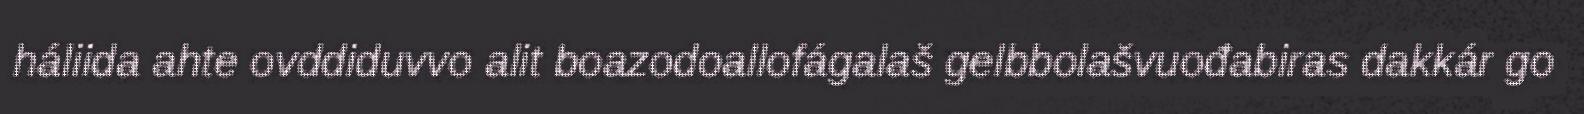
háliida ahte ovddiduvvo alit boazodoallofágalaš gelbbolašvuođabiras dakkár go